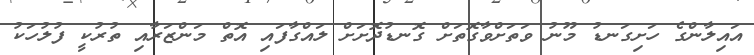
އައިލާންގެ ހަށިގަނޑު މޫނު ވަތަށްވާގޮތަށް ގޮނޑުދޮށަށް ލައްގާފައި އޮތް މަންޒަރާއި ތުރުކީ ފުލުހަކު